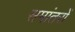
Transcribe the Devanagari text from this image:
समांतरों